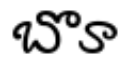
బొూ